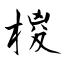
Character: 椶